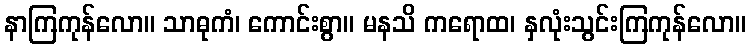
နာကြကုန်လော။ သာဓုကံ၊ ကောင်းစွာ။ မနသိ ကရောထ၊ နှလုံးသွင်းကြကုန်လော။